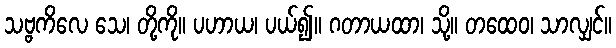
သဗ္ဗကိလေ သေ၊ တို့ကို။ ပဟာယ၊ ပယ်၍။ ဂတာယထာ၊ သို့။ တထေဝ၊ သာလျှင်။